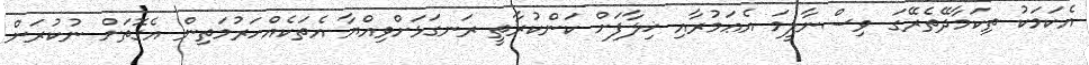
އެކަމަކު ތިކަމާދޭތެރޭގަ ވިސްނާލީމަ އެޢަމުރާއި ޚިލާފަށް ކަންކުރާތީ ރަނގަޅަށްވިއްޔާ އެތަކެއްހަރުމަތިން އެގޮތަށް ނުކުރަން